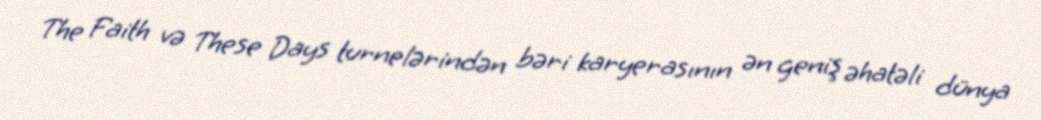
The Faith və These Days turnelərindən bəri karyerasının ən geniş əhatəli dünya